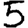
Digit: 5